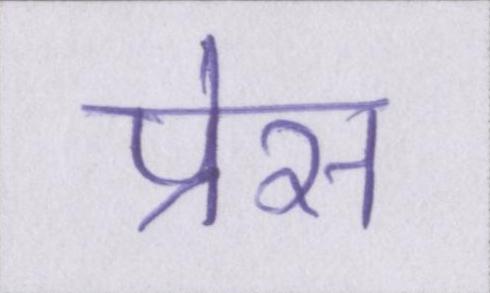
प्रेस